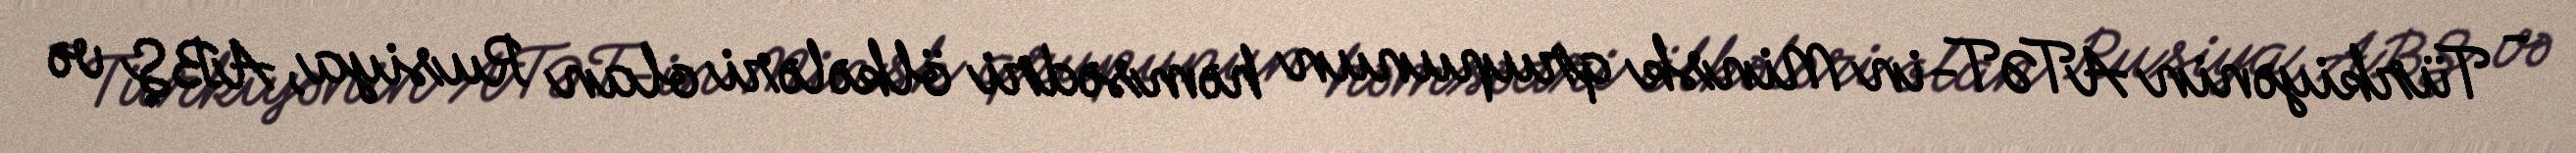
- Türkiyənin ATƏT-in Minsk qrupunun həmsədri ölkələri olan Rusiya, ABŞ və